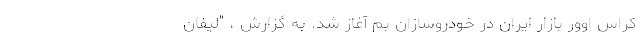
کراس اوور بازار ایران در خودروسازان بم آغاز شد. به گزارش ، "لیفان